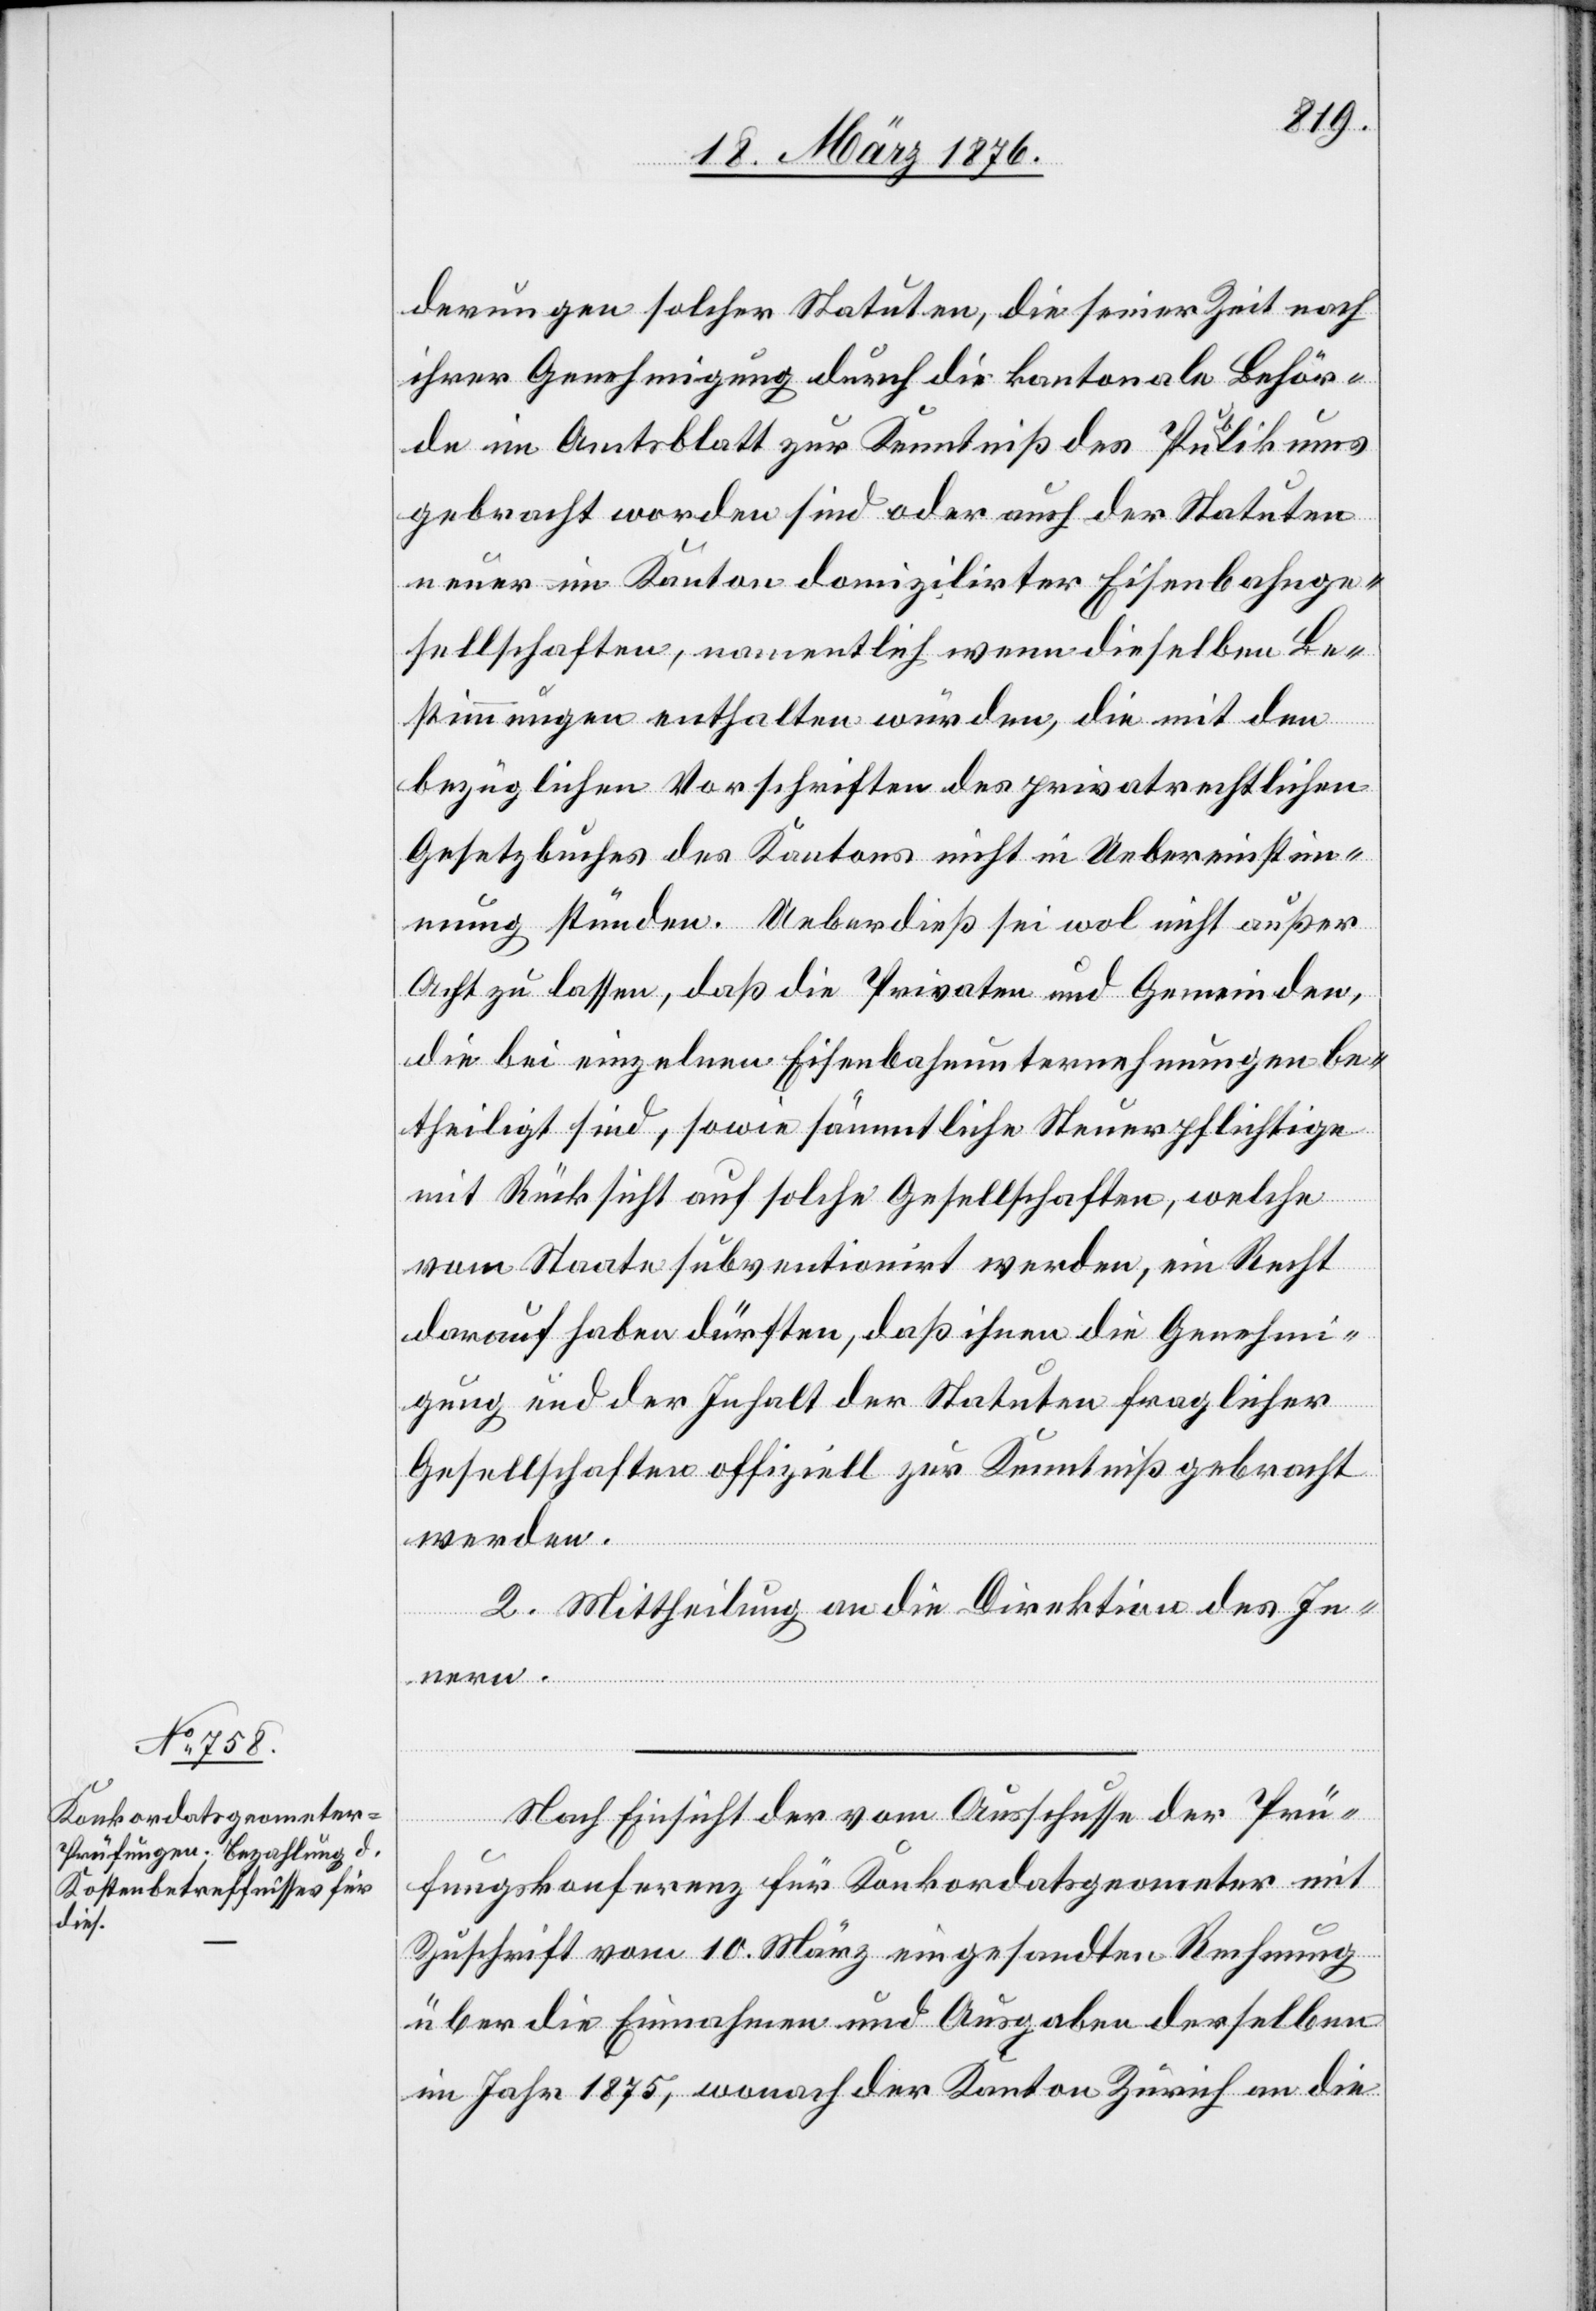
derungen solcher Statuten, die seiner Zeit nach
ihrer Genehmigung durch die kantonale Behör¬
de im Amtsblatt zur Kenntniß des Publikums
gebracht worden sind oder auch der Statuten
neuer im Kanton domizilirter Eisenbahnge¬
sellschaften, namentlich wenn dieselben Be¬
stimmungen enthalten würden, die mit den
bezüglichen Vorschriften des privatrechtlichen
Gesetzbuches des Kantons nicht in Uebereinstim¬
mung stünden. Ueberdieß sei wol nicht außer
Acht zu lassen, daß die Privaten und Gemeinden,
die bei einzelnen Eisenbahnunternehmungen be¬
theiligt sind, sowie sämmtliche Steuerpflichtige
mit Rücksicht auf solche Gesellschaften, welche
vom Staate subventionirt werden, ein Recht
darauf haben dürften, daß ihnen die Genehmi¬
gung und der Inhalt der Statuten fraglicher
Gesellschaften offiziell zur Kenntniß gebracht
werden.
2. Mittheilung an die Direktion des In¬
nern.
Nach Einsicht der vom Ausschusse der Prü¬
fungskonferenz für Konkordatsgeometer mit
Zuschrift vom 10. März eingesandten Rechnung
über die Einnahmen und Ausgaben derselben
im Jahr 1875, wonach der Kanton Zürich an die